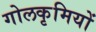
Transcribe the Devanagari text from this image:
गोलकृमियों